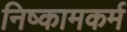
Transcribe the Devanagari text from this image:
निष्कामकर्म